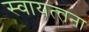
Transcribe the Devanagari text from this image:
स्वायत्त्तना